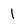
Character: 1